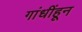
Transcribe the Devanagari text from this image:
गांधींहून